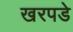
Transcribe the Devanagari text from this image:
खरपडे